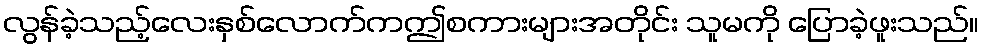
လွန်ခဲ့သည့်လေးနှစ်လောက်ကဤစကားများအတိုင်း သူမကို ပြောခဲ့ဖူးသည်။